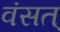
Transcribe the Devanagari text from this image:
वंसत्‌